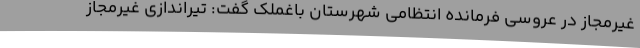
غیرمجاز در عروسی فرمانده انتظامی شهرستان باغملک گفت: تیراندازی غیرمجاز